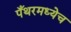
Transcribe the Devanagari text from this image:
पँथरमध्येच